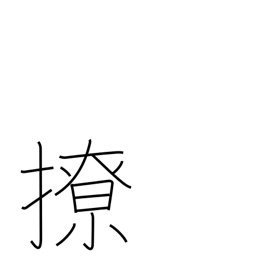
Meaning: disorder